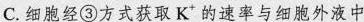
C.细胞经③方式获取K^{+}的速率与细胞外液中